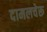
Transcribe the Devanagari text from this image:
दामलचेरू